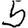
Digit: 5